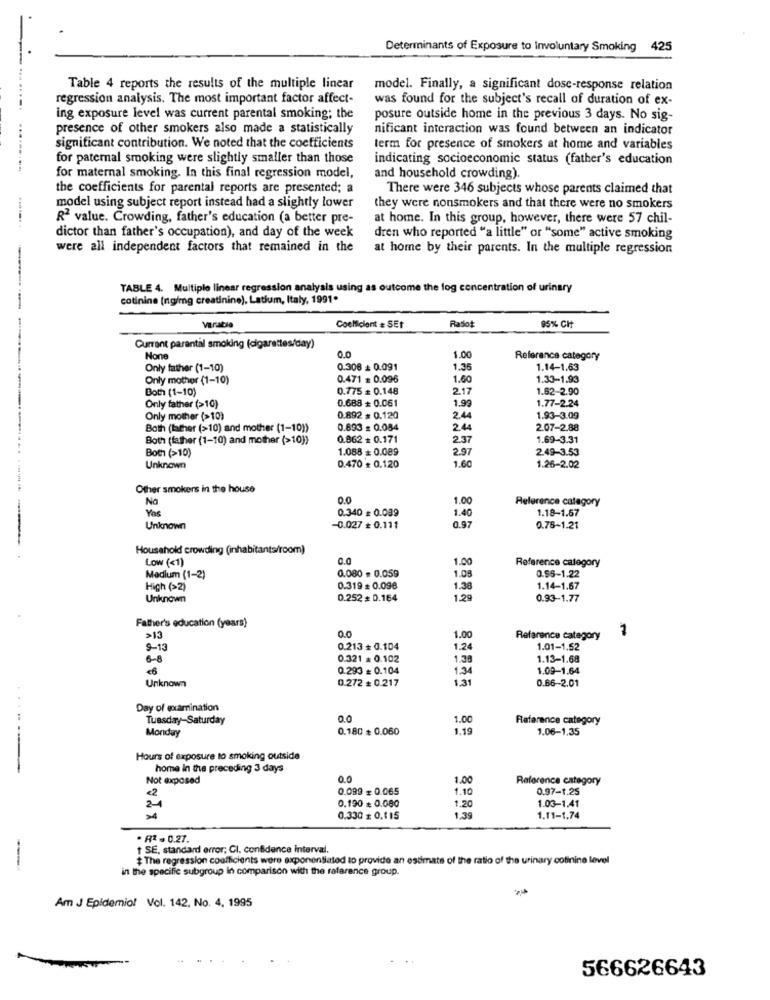
Determinants of Exposure to Involuntary Smoking 425
Table 4 reports the results of the multiple linear
model. Finally, a significant dose-response relation
regression analysis. The most important factor affect-
was found for the subject's recall of duration of ex-
ing exposure level was current parental smoking; the
posure outside home in the previous 3 days. No sig-
presence of other smokers also made a statistically
nificant interaction was found between an indicator
...
significant contribution. We noted that the coefficients
term for presence of smokers at home and variables
for paternal smoking were slightly smaller than those
indicating socioeconomic status (father's education
for maternal smoking. In this final regression model,
and household crowding).
the coefficients for parental reports are presented; a
There were 346 subjects whose parents claimed that
model using subject report instead had a slightly lower
they were nonsmokers and that there were no smokers
R2 value. Crowding, father's education (a better pre-
at home. In this group, however, there were 57 chil-
dictor than father's occupation), and day of the week
dren who reported "a little" or "some" active smoking
were all independent factors that remained in the
at home by their parents. In the multiple regression
TABLE 4. Multiple linear regression analyals using as outcome the log concentration of urinary
cotinine (ngimg creatinine), Latium, Italy, 1991.
variable
Coefficient # SEt
Ratlot
85% CHT
Current parental smoking (cigarettes/day)
00
1.00
Reference category
Only father (1-10)
0.306 + 0.091
1.35
1.14-1.63
Only mother (1-10)
0.471 # 0.096
1.60
1.33-1.93
Both (1-10)
0.775 # 0.148
2.17
1.62-2.90
0.688 + 0.061
1.99
1.77-2.24
Only father (>10)
Only mother (>10)
0.892 = 0.120
2.44
1.93-3.09
Both (lather (>10) and mother (1-10))
0.893 : 0.054
2.44
2.07-2.88
Both (father (1-10) and mother (>10))
0.862 = 0.171
2.37
1.69-3.31
Both (>10)
1.088 = 0.089
2.97
2.49-3.53
Unknown
0.470 + 0.120
1.60
1.26-2.02
Other smokers in the house
Na
0.0
1.00
Reference category
Yes
0.340 # 0.039
1.18-1.67
1.40
Unknown
-0.027 ₺ 0.111
0.97
0.78-1.21
Household crowding (inhabitants/room)
Low (<1)
0.0
1.00
Reference category
Medium (1-2)
0.080 = 0.059
1.08
0.95-1.22
High (>2)
0.319 = 0.098
1.38
1.14-1.67
Unknown
0.252 = 0.164
1.29
0.93-1.77
Father's education (years)
1
>13
1.00
Reference category
9-13
0.213 + 0.104
1.24
1.01-1.52
6-8
0.321 = 0.102
1.38
1.13-1.68
<6
0.293 = 0.104
1.34
1.09-1.64
Unknown
0.272 # 0.217
1.31
0.66-2.01
. .
Day of examination
Tuesday-Saturday
0.0
1.00
Reference category
Monday
0.180 ₺ 0.060
1.19
1.06-1.35
Hours of exposure to smoking outside
home in the preceding 3 days
Not exposed
0.0
1.00
Reference category
€2
0.099 = 0.065
1.10
0.97-1.25
2
0.190 = 0.080
1.20
1.03-1.41
0.330 z 0.115
1.39
1.11-1.74
. A2 - 0.27.
1 SE, standard error; CI. confidence interval.
$ The regression coefficients were exponentiated to provide an estimate of the ratio of the urinary cotinine level
in the specific subgroup in comparison with the rafarence group.
Am J Epidemio! Vol. 142, No. 4, 1995
566626643